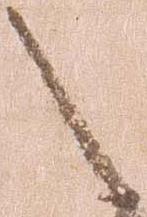
之